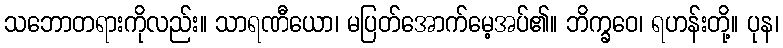
သဘောတရားကိုလည်း။ သာရဏီယော၊ မပြတ်အောက်မေ့အပ်၏။ ဘိက္ခဝေ၊ ရဟန်းတို့။ ပုန၊